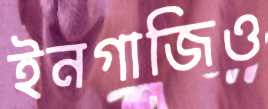
ইনগাজিও